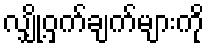
လျှို့ဝှက်ချက်များကို